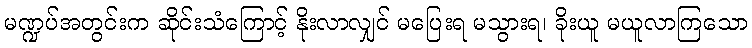
မဏ္ဍပ်အတွင်းက ဆိုင်းသံကြောင့် နိုးလာလျှင် မပြေးရ မသွားရ၊ ခိုးယူ မယူလာကြသော